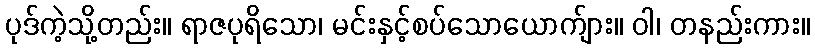
ပုဒ်ကဲ့သို့တည်း။ ရာဇပုရိသော၊ မင်းနှင့်စပ်သောယောက်ျား။ ဝါ၊ တနည်းကား။